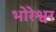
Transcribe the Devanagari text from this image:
भोरेश्वर